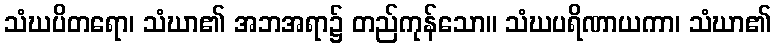
သံဃပိတရော၊ သံဃာ၏ အဘအရာ၌ တည်ကုန်သော။ သံဃပရိဏာယကာ၊ သံဃာ၏